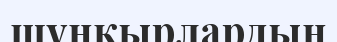
шұңкырлардың